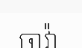
ចាវ៉ា